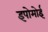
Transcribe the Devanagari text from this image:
इपोमोई